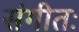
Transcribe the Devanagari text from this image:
संगीतः